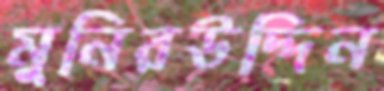
মুনিরউদ্দিন